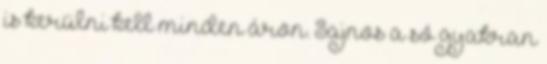
is kerülni kell minden áron. Sajnos a só gyakran